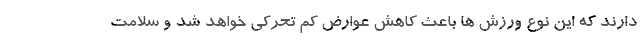
دارند که این نوع ورزش ها باعث کاهش عوارض کم تحرکی خواهد شد و سلامت